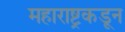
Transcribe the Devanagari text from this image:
महाराष्ट्रकडून